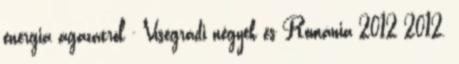
energia ágazatról - Visegrádi négyek és Románia 2012 2012.